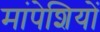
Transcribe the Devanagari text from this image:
मांपेशियों